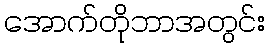
အောက်တိုဘာအတွင်း